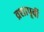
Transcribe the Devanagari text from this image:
व्रशापूर्वी